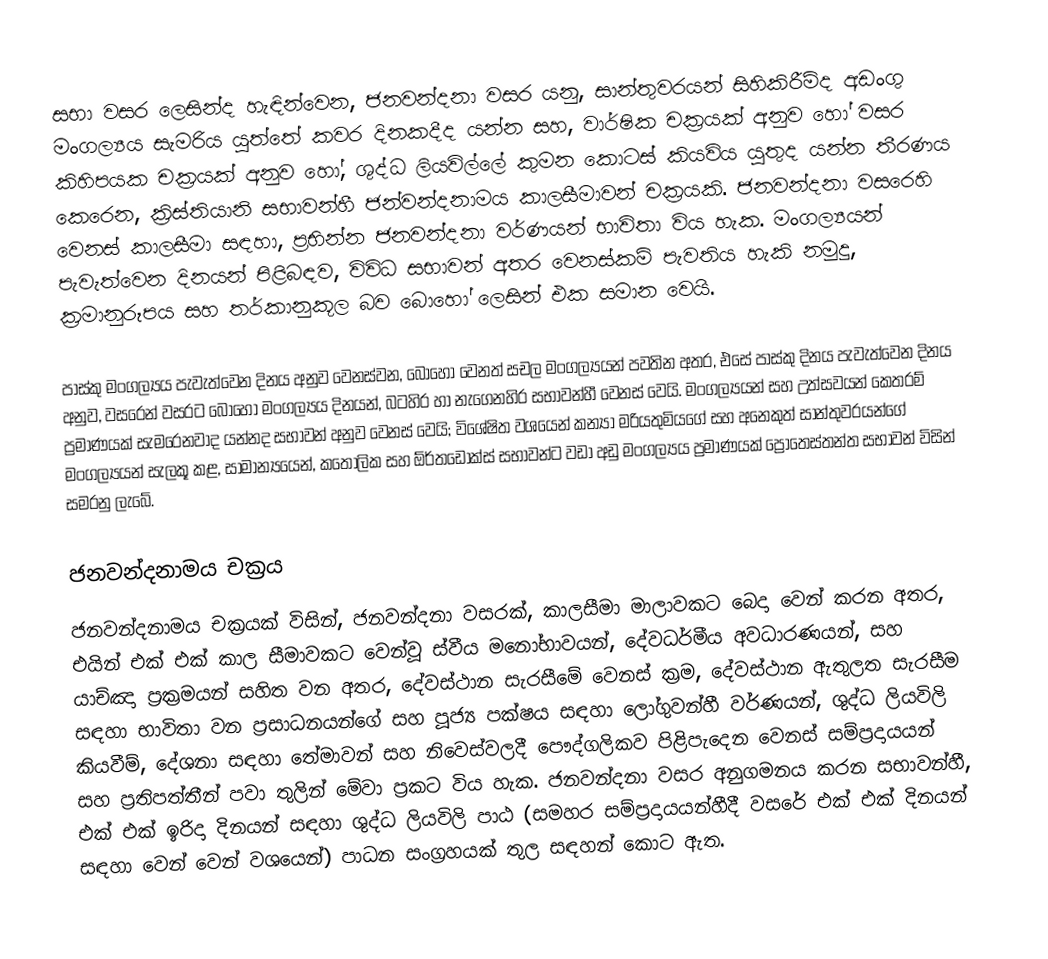
සභා වසර  ලෙසින්ද හැඳින්වෙන, ජනවන්දනා වසර යනු, සාන්තුවරයන් සිහිකිරීම්ද අඩංගු මංගල්‍යය  සැමරිය යුත්තේ කවර දිනකදීද යන්න සහ, වාර්ෂික චක්‍රයක් අනුව හෝ වසර කිහිපයක චක්‍රයක් අනුව හෝ, ශුද්ධ ලියවිල්ලේ කුමන කොටස් කියවිය යුතුද  යන්න තීරණය කෙරෙන, ක්‍රිස්තියානි සභාවන්හී ජන්වන්දනාමය කාලසීමාවන් චක්‍රයකි. ජනවන්දනා වසරෙහි වෙනස් කාලසීමා සඳහා, ප්‍රභින්න  ජනවන්දනා වර්ණයන් භාවිතා විය හැක. මංගල්‍යයන් පැවැත්වෙන දිනයන් පිළිබඳව,  විවිධ  සභාවන් අතර වෙනස්කම් පැවතිය හැකි නමුදු, ක්‍රමානුරූපය සහ තර්කානුකූල බව බොහෝ ලෙසින් එක සමාන වෙයි.

පාස්කු මංගල්‍යය පැවැත්වෙන දිනය අනුව වෙනස්වන, බොහෝ වෙනත්  සචල මංගල්‍යයන් පවතින අතර, එසේ පාස්කු දිනය පැවැත්වෙන දිනය අනුව, වසරෙන් වසරට  බොහෝ මංගල්‍යය දිනයන්,  බටහිර හා නැගෙනහිර සභාවන්හී වෙනස් වෙයි. මංගල්‍යයන් සහ උත්සවයන් කෙතරම් ප්‍රමාණයක් සැමරෙනවාද යන්නද සභාවන් අනුව වෙනස් වෙයි; විශේෂිත වශයෙන් කන්‍යා මරියතුමියගේ සහ අනෙකුත් සාන්තුවරයන්ගේ මංගල්‍යයන් සැලකූ කළ, සාමාන්‍යයෙන්, කතෝලික සහ ඕර්තඩොක්ස් සභාවන්ට වඩා අඩු මංගල්‍යය ප්‍රමාණයක් ප්‍රොතෙස්තන්ත සභාවන් විසින් සමරනු ලැබේ.

ජනවන්දනාමය චක්‍රය
ජනවන්දනාමය චක්‍රයක් විසින්, ජනවන්දනා වසරක්, කාලසීමා මාලාවකට බෙදා වෙන් කරන අතර, එයින් එක් එක් කාල සීමාවකට වෙන්වූ ස්වීය මනෝභාවයන්, දේවධර්මීය අවධාරණයන්, සහ  යාච්ඤා ප්‍රක්‍රමයන් සහිත වන අතර, දේවස්ථාන සැරසීමේ වෙනස් ක්‍රම, දේවස්ථාන ඇතුලත සැරසීම සඳහා භාවිතා වන ප්‍රසාධනයන්ගේ සහ පූජ්‍ය පක්ෂය සඳහා ලෝගුවන්හී වර්ණයන්, ශුද්ධ ලියවිලි කියවීම්, දේශනා සඳහා තේමාවන් සහ නිවෙස්වලදී පෞද්ගලිකව පිළිපැදෙන වෙනස් සම්ප්‍රදායයන් සහ ප්‍රතිපත්තීන් පවා තුලින් මේවා ප්‍රකට විය හැක. ජනවන්දනා වසර අනුගමනය කරන සභාවන්හී, එක් එක් ඉරිදා දිනයන් සඳහා  ශුද්ධ ලියවිලි පාඨ  (සමහර සම්ප්‍රදායයන්හීදී වසරේ එක් එක් දිනයන් සඳහා වෙන් වෙන් වශයෙන්) පාධන සංග්‍රහයක් තුල සඳහන් කොට ඇත.